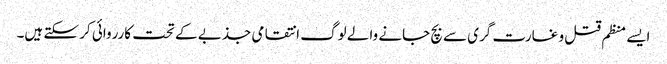
ایسے منظم قتل و غارت گری سے بچ جانے والے لوگ انتقامی جذبے کے تحت کارروائی کر سکتے ہیں۔